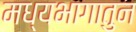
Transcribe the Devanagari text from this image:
मध्यभागातुन